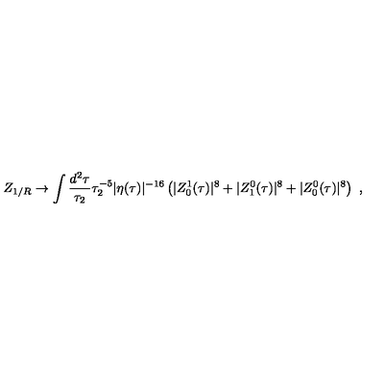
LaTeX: Z _ { 1 / R } \to \int \frac { d ^ { 2 } \tau } { \tau _ { 2 } } \tau _ { 2 } ^ { - 5 } | \eta ( \tau ) | ^ { - 1 6 } \left( | Z _ { 0 } ^ { 1 } ( \tau ) | ^ { 8 } + | Z _ { 1 } ^ { 0 } ( \tau ) | ^ { 8 } + | Z _ { 0 } ^ { 0 } ( \tau ) | ^ { 8 } \right) \ ,